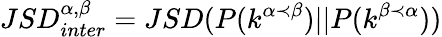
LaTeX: \displaystyle JSD_{inter}^{\alpha,\beta}=JSD(P(k^{\alpha\prec\beta})||P(k^{\beta\prec\alpha}))